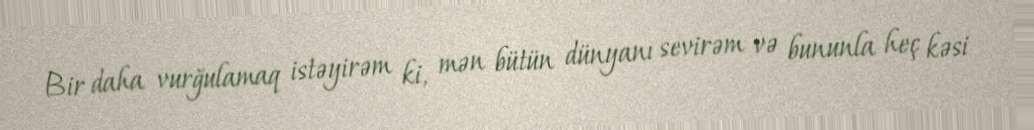
Bir daha vurğulamaq istəyirəm ki, mən bütün dünyanı sevirəm və bununla heç kəsi